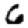
Digit: 6